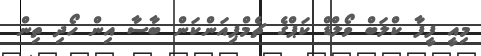
މިއީ ފީފާ ކްލަބް ވޯލްޑް ކަޕްގެ ޗެމްޕިއަންކަން ބާސާ އިން ހޯދި ތިން